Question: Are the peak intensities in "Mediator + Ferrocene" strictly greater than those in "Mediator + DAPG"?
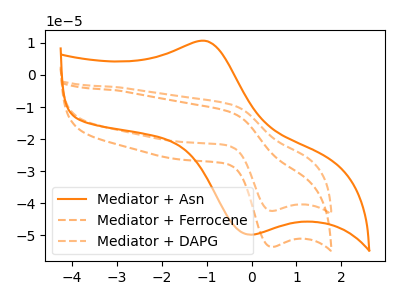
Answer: <think>The orange curve "Mediator + Asn" has an anodic peak at (-1.00V, 10.55uA) and a cathodic peak at (0.00V, -49.80uA). The orange dashed curve "Mediator + Ferrocene" has an anodic peak at (-0.45V, -11.70uA) and a cathodic peak at (0.45V, -53.60uA). The orange dashed curve "Mediator + DAPG" has an anodic peak at (-0.45V, -9.25uA) and a cathodic peak at (0.45V, -42.40uA).</think>
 <answer>The peaks in "Mediator + Ferrocene" are neither all higher or all lower than the peaks in "Mediator + DAPG".</answer>
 <eval>mixed</eval>